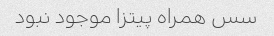
سس همراه پیتزا موجود نبود